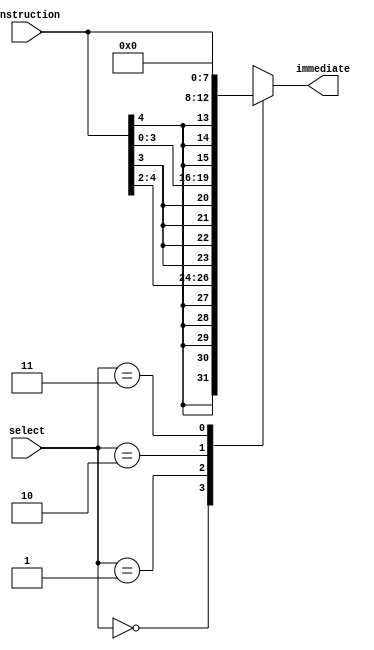
module immediate_extractor (input [4:0] instruction, input [1:0] select, output reg [7:0] immediate);
	always@(*)
	begin
		case (select)
			2'b00: immediate = {{5{instruction[4]}},instruction[4:2]};//3items
			2'b01: immediate = {{4{instruction[3]}},instruction[3:0]};//4items
			2'b10: immediate = {{3{instruction[4]}},instruction[4:0]};//5items
			2'b11: immediate = 8'b0;
		endcase
	end
endmodule